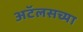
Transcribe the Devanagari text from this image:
अटॅलसच्या